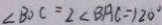
\angle B O C = 2 \angle B A C = 1 2 0 ^ { \circ }